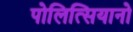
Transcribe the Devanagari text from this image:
पोलित्सियानो